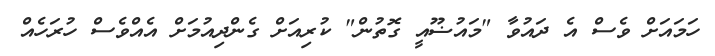
ހަމައަށް ވެސް އެ ދައުވާ "މައުޟޫއީ ގޮތުން" ކުރިއަށް ގެންދިއުމަށް އެއްވެސް ހުރަހެއް